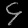
Digit: ၄